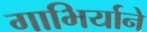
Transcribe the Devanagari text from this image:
गाभिर्याने